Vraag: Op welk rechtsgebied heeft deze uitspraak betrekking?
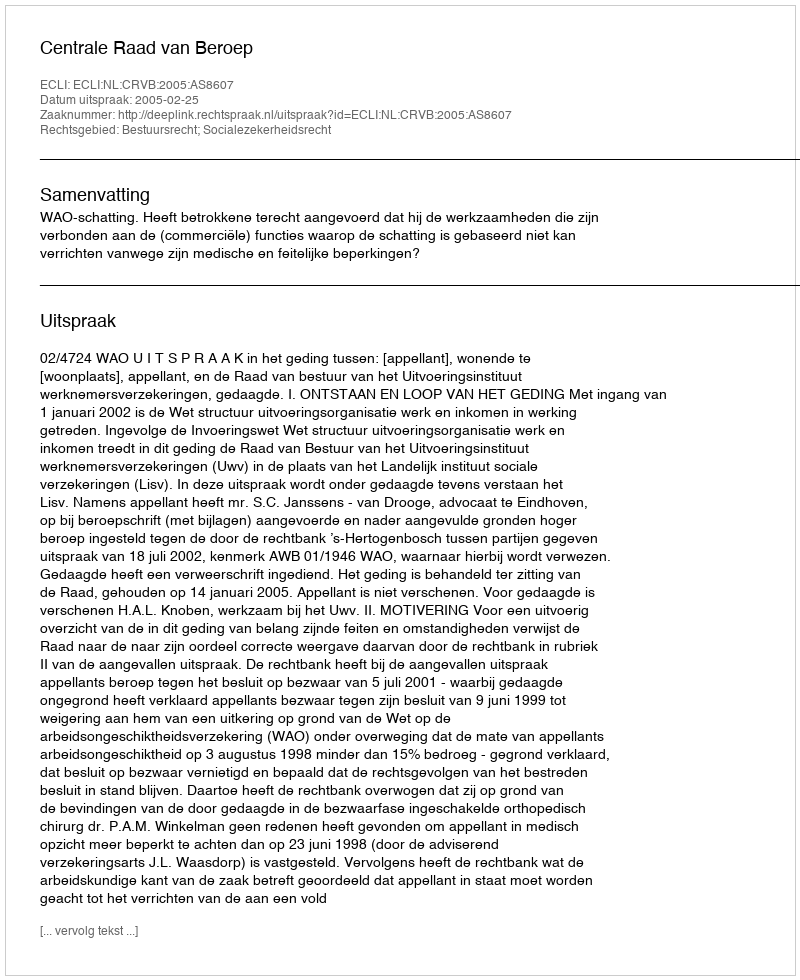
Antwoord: Bestuursrecht; Socialezekerheidsrecht